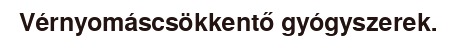
Vérnyomáscsökkentő gyógyszerek.